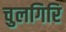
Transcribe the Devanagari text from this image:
चुलगिरि